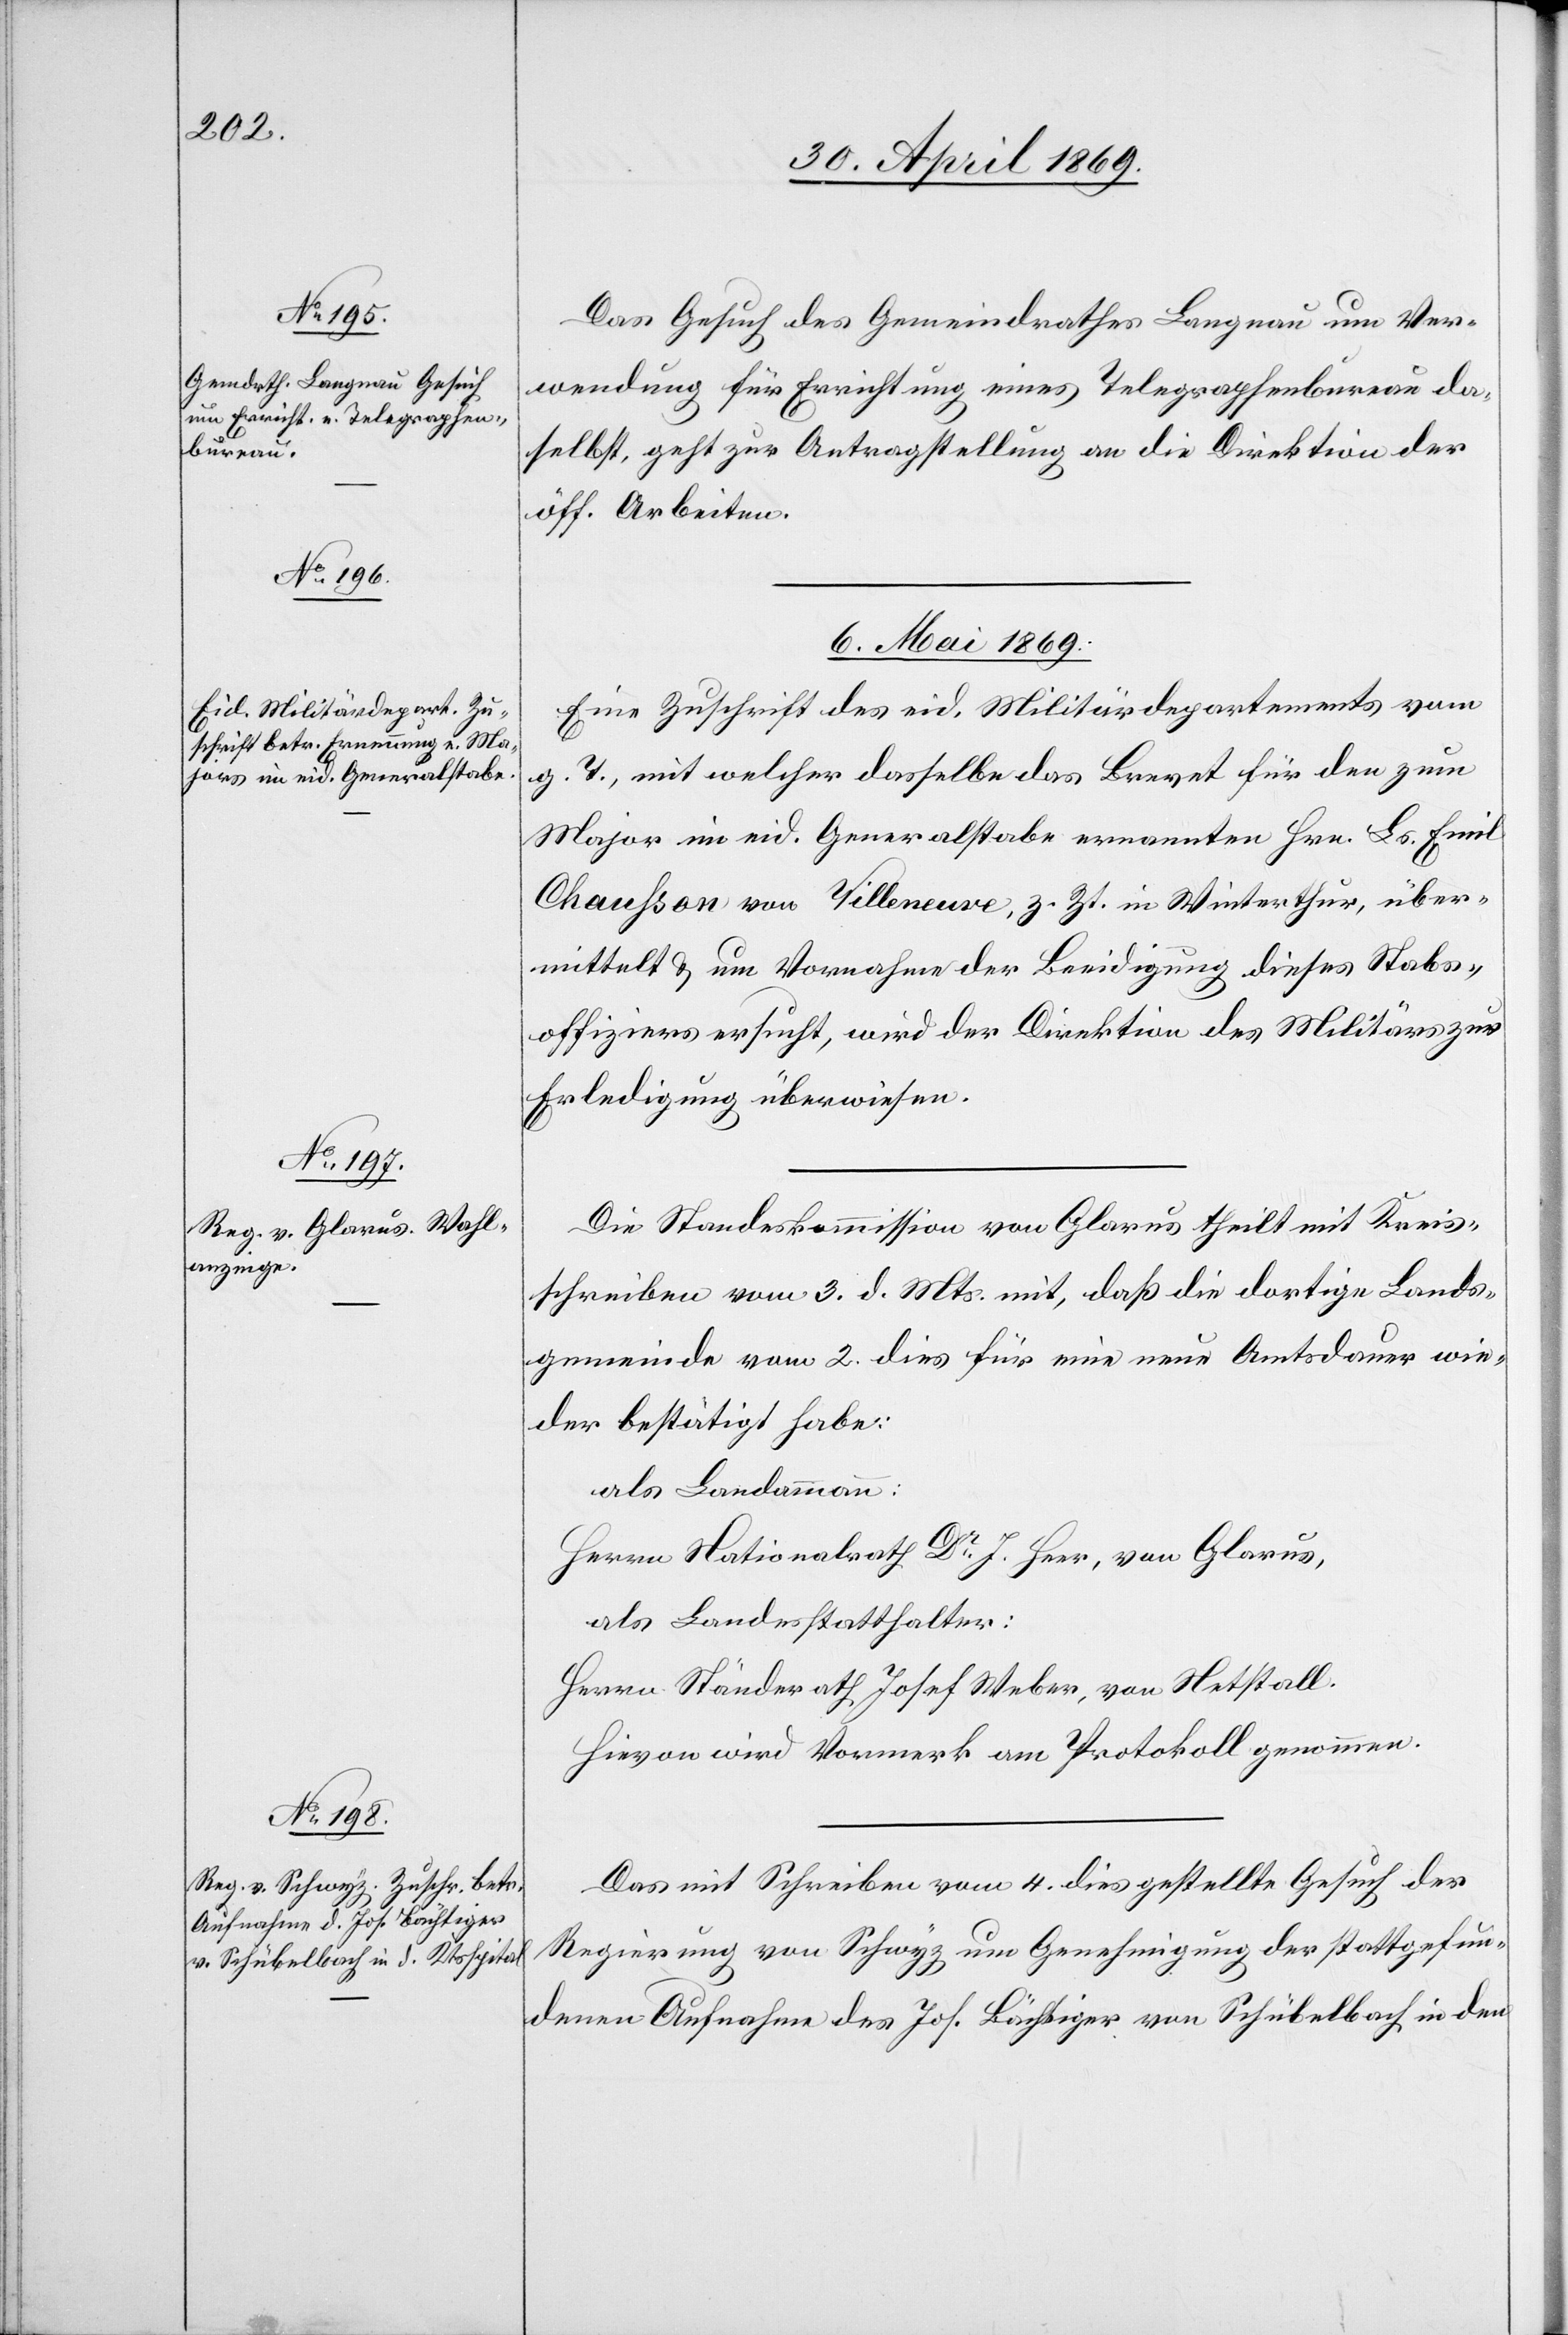
Das Gesuch des Gemeindrathes Langnau um Ver¬
wendung für Errichtung eines Telegraphenbureu da¬
selbst, geht zur Antragstellung an die Direktion der
öff. Arbeiten.
6. Mai 1869.]
Eine Zuschrift des eid. Militärdepartements vom
g. T., mit welcher dasselbe das Brevet für den zum
Major in eid. Generalstabe ernannten Hrn. Ls. Emil
Chauhson von Villeneuve, z. Zt. in Winterthur, über¬
mittelt u. um Vornahme der Beeidigung dieses Stabs¬
offiziers ersucht, wird der Direktion des Militärs zur
Erledigung überwiesen.
Die Standeskommission von Glarus theilt mit Kreis¬
schreiben vom 3. d. Mts. mit, daß die dortige Lands¬
gemeinde vom 2. dies für eine neue Amtsdauer wie¬
der bestätigt habe:
als Landammann:
Herrn Nationalrath Dr J. Heer, von Glarus,
als Landesstatthalter:
Herrn Ständerath Josef Weber, von Netstall.
Hievon wird Vormerk am Protokoll genommen.
Das mit Schreiben vom 4. dies gestellte Gesuch der
Regierung von Schwyz um Genehmigung der stattgefun¬
denen Aufnahme des Jos. Bächtiger von Schübelbach in den